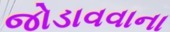
જોડાવવાના